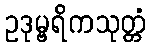
ဥဒုမ္ဗရိကသုတ္တံ